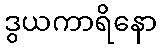
ဒွယကာရိနော